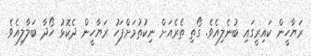
ރަޔާހީން ކައިރީގައި ބުނެލިއެވެ. ގޯތި ތެރެއަށް ނިކުތުމަށްފަހު ރަޔާހީން ދެކޮޅު ހޯދާ ބަލާލިއެވެ.